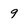
Character: 9